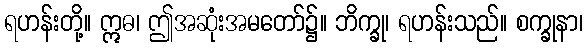
ရဟန်းတို့။ ဣဓ၊ ဤအဆုံးအမတော်၌။ ဘိက္ခု၊ ရဟန်းသည်။ စက္ခုနာ၊